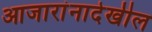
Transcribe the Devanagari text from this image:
आजारांनादेखील